Medical and sanitary report of the native army of Bengal for the year
Year: 1875
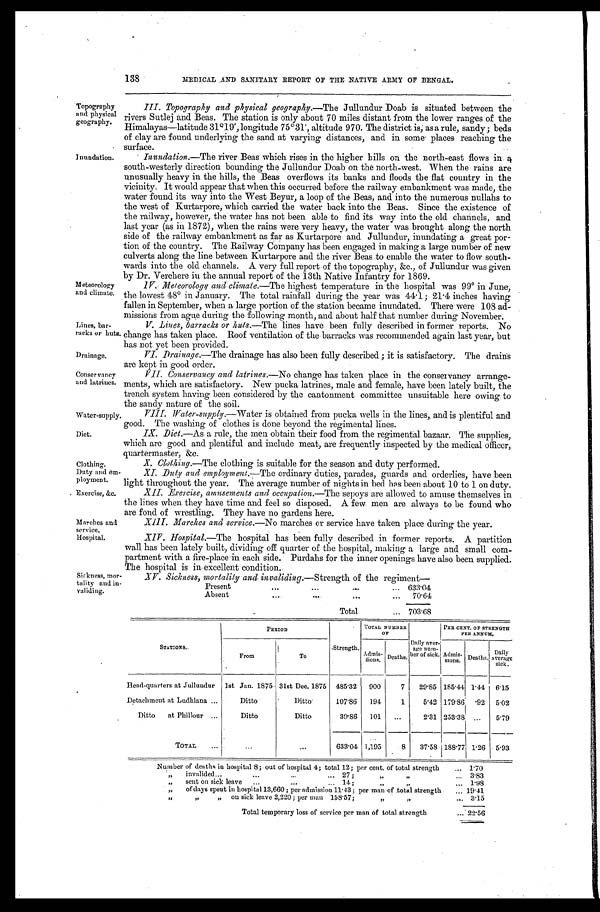
Drainage.
Conservancy
and latrines.
Water-supply.
Diet.
Duty and em
-
ployment.
Exercise, &c.
Marches and
service.
Hospital.
138
MEDICAL AND SANITARY REPORT OF THE NATIVE ARMY OF BENGAL.
Topography
and physical
geography.
Inundation .
Meteorology
and climate.
Lines, bar
-racks or huts.
III. Topography and physical geography .—The Jullundur Doab is situated between the
rivers Sutlej and Beas. The station is only about 70 miles distant from the lower ranges of the
Himalayas—latitude 31º19', longitude 75°31', altitude 970. The district is, as a rule, sandy; beds
of clay are found underlying the sand at varying distances, and in some places reaching the
surface.
Inundation. —The river Beas which rises in the higher hills on the north-east flows in a
south-westerly direction bounding the Jullundur Doab on the north-west. When the rains are
unusually heavy in the hills, the Beas overflows its banks and floods the flat country in the
vicinity. It would appear that when this occurred before the railway embankment was made, the
water found its way into the West Beyur, a loop of the Beas, and into the numerous nullahs to
the west of Kurtarpore, which carried the water back into the Beas. Since the existence of
the railway, however, the water has not been able to find its way into the old channels, and
last year (as in 1872), when the rains were very heavy, the water was brought along the north
side of the railway embankment as far as Kurtarpore and Jullundur, inundating a great por
-tion of the country. The Railway Company has been engaged in making a large number of new
culverts along the line between Kurtarpore and the river Beas to enable the water to flow south
-wards into the old channels. A very full report of the topography, &c., of Jullundur was given
by Dr. Verchere in the annual report of the 13th Native Infantry for 1869.
1V. Meteorology and climate .—The highest temperature in the hospital was 99° in June,
the lowest 48° in January. The total rainfall during the year was 44.1; inches having
fallen in September, when a large portion of the station became inundated. There were 108 ad
-missions from ague during the following month, and about half that number during November.
V. Lines, barracks or huts .—The lines have been fully described in former reports. No
change has taken place. Roof ventilation of the barracks was recommended again last year, but
has not yet been provided.
Drainage .—The drainage has also been fully described ; it is satisfactory. The drains
are kept in good order.
VII. Conservancy and latrines.—No change has taken place in the conservancy arrange
-ments, which are satisfactory. New pucka latrines, male and female, have been lately built, the
trench system having been considered by the cantonment committee unsuitable here owing to
the sandy nature of the soil.
VIII. Water-supply.—Water is obtained from pucka wells in the lines, and is plentiful and
g ood. The washing of clothes is done beyond the regimental lines.
IX. Diet.—As a rule, the men obtain their food from the regimental bazaar. The supplies,
which are good and plentiful and include meat, are frequently inspected by the medical officer,
quartermaster,
&c.
Clothing.
X. Clothing.—The clothing is suitable for the season and duty performed.
XI. Duty and employment.—The ordinary duties, parades, guards and orderlies, have been
light throughout the year. The average number of nights in bed has been about 10 to 1 on duty.
XII. Exercise, amusements and occupation .—The sepoys are allowed to amuse themselves in
the lines when they have time and feel so disposed. A few men are always to be found who
are fond of wrestling They have no gardens here.
XIII. Marches and service .—No marches or service have taken place during the year.
XIV. Hospital.—The hospital has been fully described in former reports. A partition
wall has been lately built, dividing off quarter of the hospital, making a large and small com
-partment with a fire-place in each side. Purdahs for the inner openings have also been supplied.
The hospital is in excellent condition.
Sickness, mor
-tality and i
n - v a l i d i n g .
XV. Sickness, mortality and invaliding .—Strength of the regiment—
P r e s e n t . . .
633.04
Absent . . .
70.64
Total . . . 703.68
STATIONS.
PERIOD
TOTAL NUMBER
O F
PER CENT. OF STRENGTH
PER ANNUM.
From
To
Strength.
Admis-
s i o n s .
Deaths.
Daily aver -
age num-ber
of sick. Admis-
sions.
Deaths.
Daily
average
sick.
Head-quarters at Jullundur
1st Jan. 1875 31st Dec. 1875 485.32
900
7
29.85 185.44 1.44
6.15
Detachment at Ludhiana . . .
Ditto
Ditto
107.86
194
1
5.42 179.86 .92
5.02
Ditto at Phillour . . .
Ditto
Ditto
39.86
101
. . .
2.31 253.38
. . .
5.79
TOTAL . . .
. . .
. . .
633.04 1,195
8
37.58 188.77 1.26
5.93
Number of deaths in hospital 8 ; out of hospital 4; total 12; per cent. of total strength . . . 1.70
" invalided . . . 27; " . . . 3.83
" sent on sick leave . . . 14 ; " . . . 1.98
" of days spent in hospital 13,660 ; per admission 11.43 ; per man of total strength . . . 19.41
"
on sick leave 2,220; per man 158.57; " . . . 3.15
Total temporary loss of service per man of total strength . . . 22.56